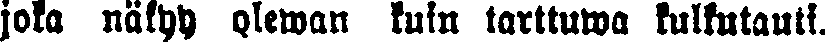
joka näkyy olewan kuin tarttuwa kulkutauti.